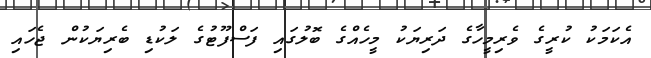
އެކަމަކު ކުރީގެ ވެރިމީހާގެ ދަރިޔަކު މީހެއްގެ ބޮލުގައި ފަސްފޫޓުގެ ލަކުޑި ބެރިޔަކުން ޖެހައި